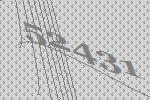
52431